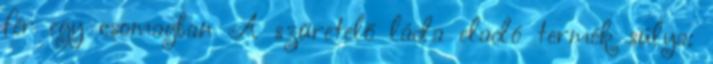
fér egy csomagban A szüretelő láda eladó termék súlya: